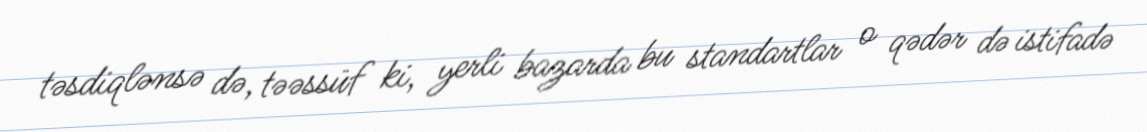
təsdiqlənsə də, təəssüf ki, yerli bazarda bu standartlar o qədər də istifadə